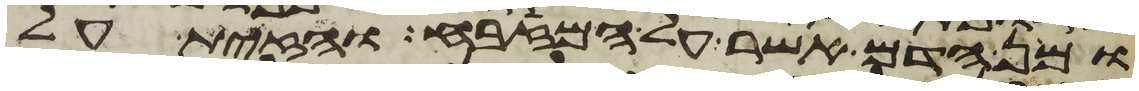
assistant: ומן הדם אשר על המזבח והזית על